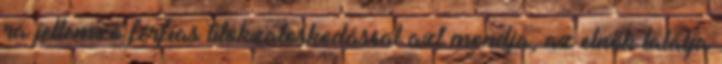
rá jellemző férfias titokzatoskodással azt mondja, az elnök találja